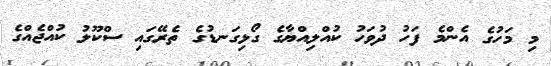
މި މަހުގެ އެންމެ ފަހު ދުވަހު ކުއްލިއްޔާގެ ގޯޅިގަނޑުގެ ތެރޭގައި ސްކޫލު ކުއްޖެއްގެ